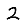
Digit: 2